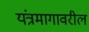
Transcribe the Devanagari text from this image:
यंत्रमागावरील